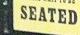
seated